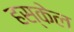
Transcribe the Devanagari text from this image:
हस्केल